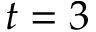
t = 3